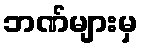
ဘဏ်များမှ